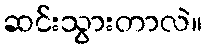
ဆင်းသွားတာလဲ။